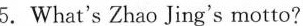
5.What's Zhao Jing's motto?